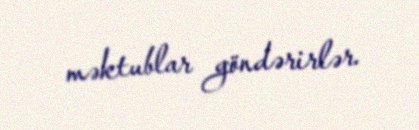
məktublar göndərirlər.